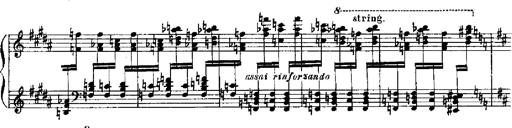
Title: RÃ©miniscences de Robert le diable
Composer: Franz Liszt